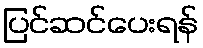
ပြင်ဆင်ပေးရန်